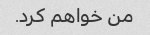
من خواهم کرد.